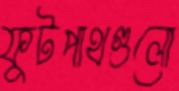
ফুটপাথগুলো